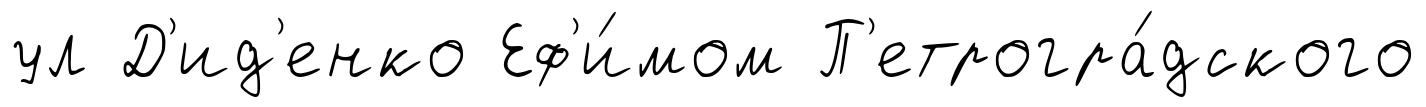
ул Д'ид'енко Еф'и́мом П'етрогра́дского